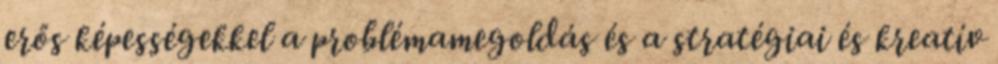
erős képességekkel a problémamegoldás és a stratégiai és kreatív